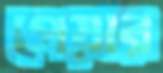
পেয়ার